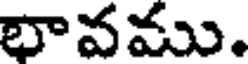
భావము.